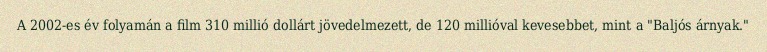
A 2002-es év folyamán a film 310 millió dollárt jövedelmezett, de 120 millióval kevesebbet, mint a "Baljós árnyak."